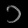
Digit: ၁